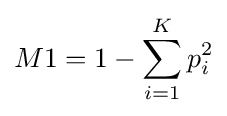
M1=1-\sum _{i=1}^{K}p_{i}^{2}